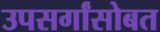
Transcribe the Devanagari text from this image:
उपसर्गांसोबत